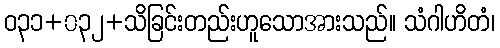
ဝ၃၁+၀၃၂+သိခြင်းတည်းဟူသောအားသည်။ သံဂါဟိတံ၊